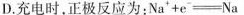
D.充电时，正极反应为: $$N a + e = N a$$